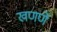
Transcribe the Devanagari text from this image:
खणणें